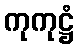
ကုကုဋ္ဌံ